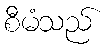
စီမံသည်